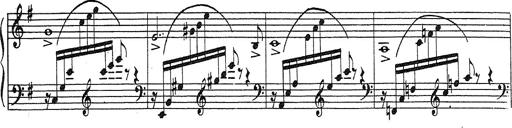
Title: Grosses Konzertsolo
Composer: Franz Liszt